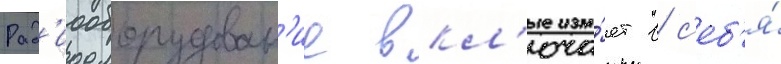
Рад'иооборудован'ие вкл'юча́ет в с'еб'я́